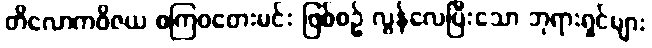
တိလောကဝိဇယ စကြဝတေးမင်း ဖြစ်စဉ် လွန်လေပြီးသော ဘုရားရှင်များ